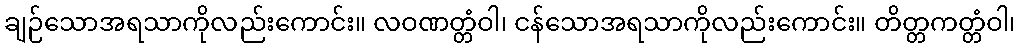
ချဉ်သောအရသာကိုလည်းကောင်း။ လဝဏတ္တံဝါ၊ ငန်သောအရသာကိုလည်းကောင်း။ တိတ္တကတ္တံဝါ၊